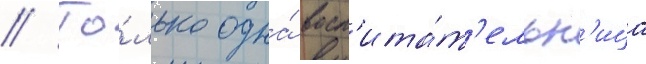
// То́лько одна́ восп'ита́т'ельн'ица